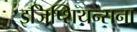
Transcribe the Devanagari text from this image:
इजिप्शियन्सना